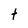
Character: t